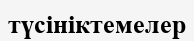
түсініктемелер